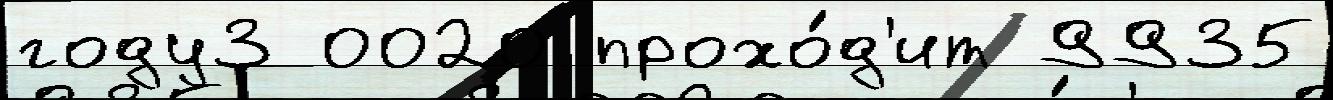
году3 0020 прохо́д'ит 9935